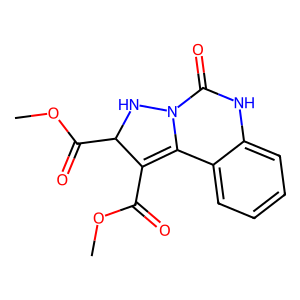
SMILES: COC(=O)C1=C2c3ccccc3NC(=O)N2NC1C(=O)OC
Inhibits HIV replication: No